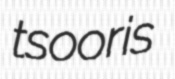
tsooris